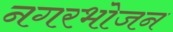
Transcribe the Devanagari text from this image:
नगरभोजन